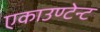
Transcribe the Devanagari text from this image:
एकाउण्टेन्ट